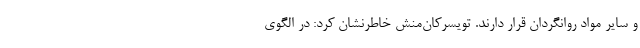
و سایر مواد روانگردان قرار دارند. تویسرکان‌منش خاطرنشان کرد: در الگوی